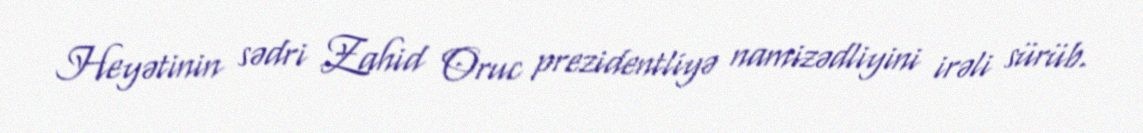
Heyətinin sədri Zahid Oruc prezidentliyə namizədliyini irəli sürüb.